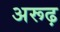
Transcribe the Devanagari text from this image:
अरूढ़